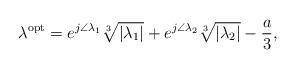
LaTeX: \begin{align*}\lambda^{\textrm{opt}} = e^{j \angle \lambda_{1}} \sqrt[3]{|\lambda_{1}|} + e^{j \angle \lambda_{2}} \sqrt[3]{|\lambda_{2}|} - \frac{a}{3},\end{align*}